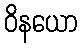
ဝိနယော